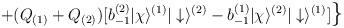
LaTeX: \begin{align*}+(Q_{(1)}+Q_{(2)})[b_{-1}^{(2)}|\chi\rangle^{(1)}|\downarrow\rangle^{(2)}-b_{-1}^{(1)}|\chi\rangle^{(2)}|\downarrow\rangle^{(1)}]\mbox{\Large{\}}}\end{align*}